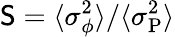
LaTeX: \mathsf{S}=\langle\sigma_{\phi}^{2}\rangle/\langle\sigma_{\mathrm{P}}^{2}\rangle